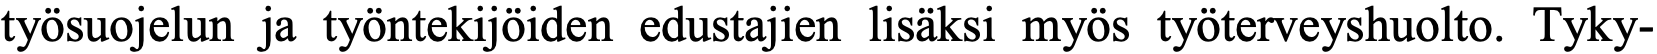
työsuojelun ja työntekijöiden edustajien lisäksi myös työterveyshuolto. Tyky-